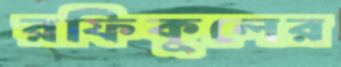
রফিকুলের